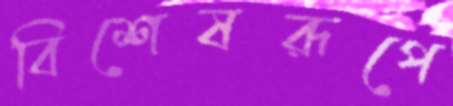
বিশেষরূপে